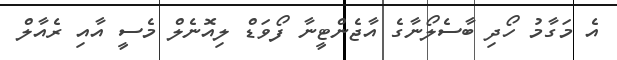
އެ މަގާމު ހޯދި ބާސެލޯނާގެ އާޖެންޓީނާ ފޯވަޑް ލިއޮނެލް މެސީ އާއި ރެއާލް